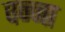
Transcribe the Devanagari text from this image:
वन्ना